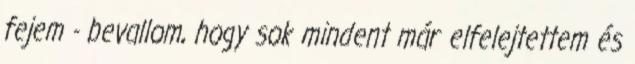
fejem - bevallom, hogy sok mindent már elfelejtettem és